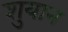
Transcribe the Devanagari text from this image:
शुयान